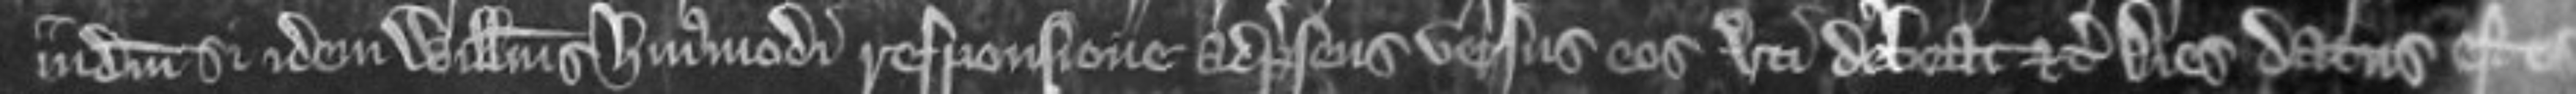
judicium si idem Willelmus hujusmodi responsione ad presens versus eos uti debeat etc Dies datus est eis